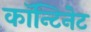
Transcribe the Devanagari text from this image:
काॅन्टिनेट